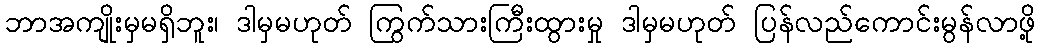
ဘာအကျိုးမှမရှိဘူး၊ ဒါမှမဟုတ် ကြွက်သားကြီးထွားမှု ဒါမှမဟုတ် ပြန်လည်ကောင်းမွန်လာဖို့